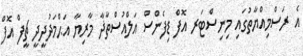
އެ ރަސްމިއްޔާތުގައި މިނިސްޓަރ އޮފް ޑިފެންސް އަލްއުސްތާޛާ މާރިޔާ އަޙްމަދުދީދީ ޗީފް އޮފް